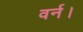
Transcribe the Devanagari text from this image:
वर्न।